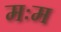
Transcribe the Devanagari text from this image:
मःम